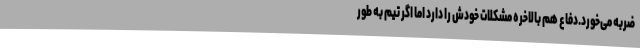
ضربه می‌خورد.دفاع هم بالاخره مشکلات خودش را دارد اما اگر تیم به طور